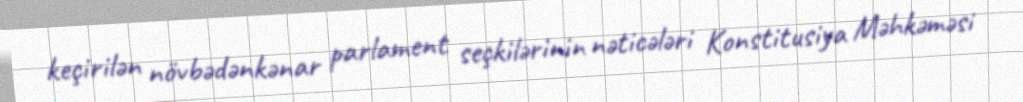
keçirilən növbədənkənar parlament seçkilərinin nəticələri Konstitusiya Məhkəməsi